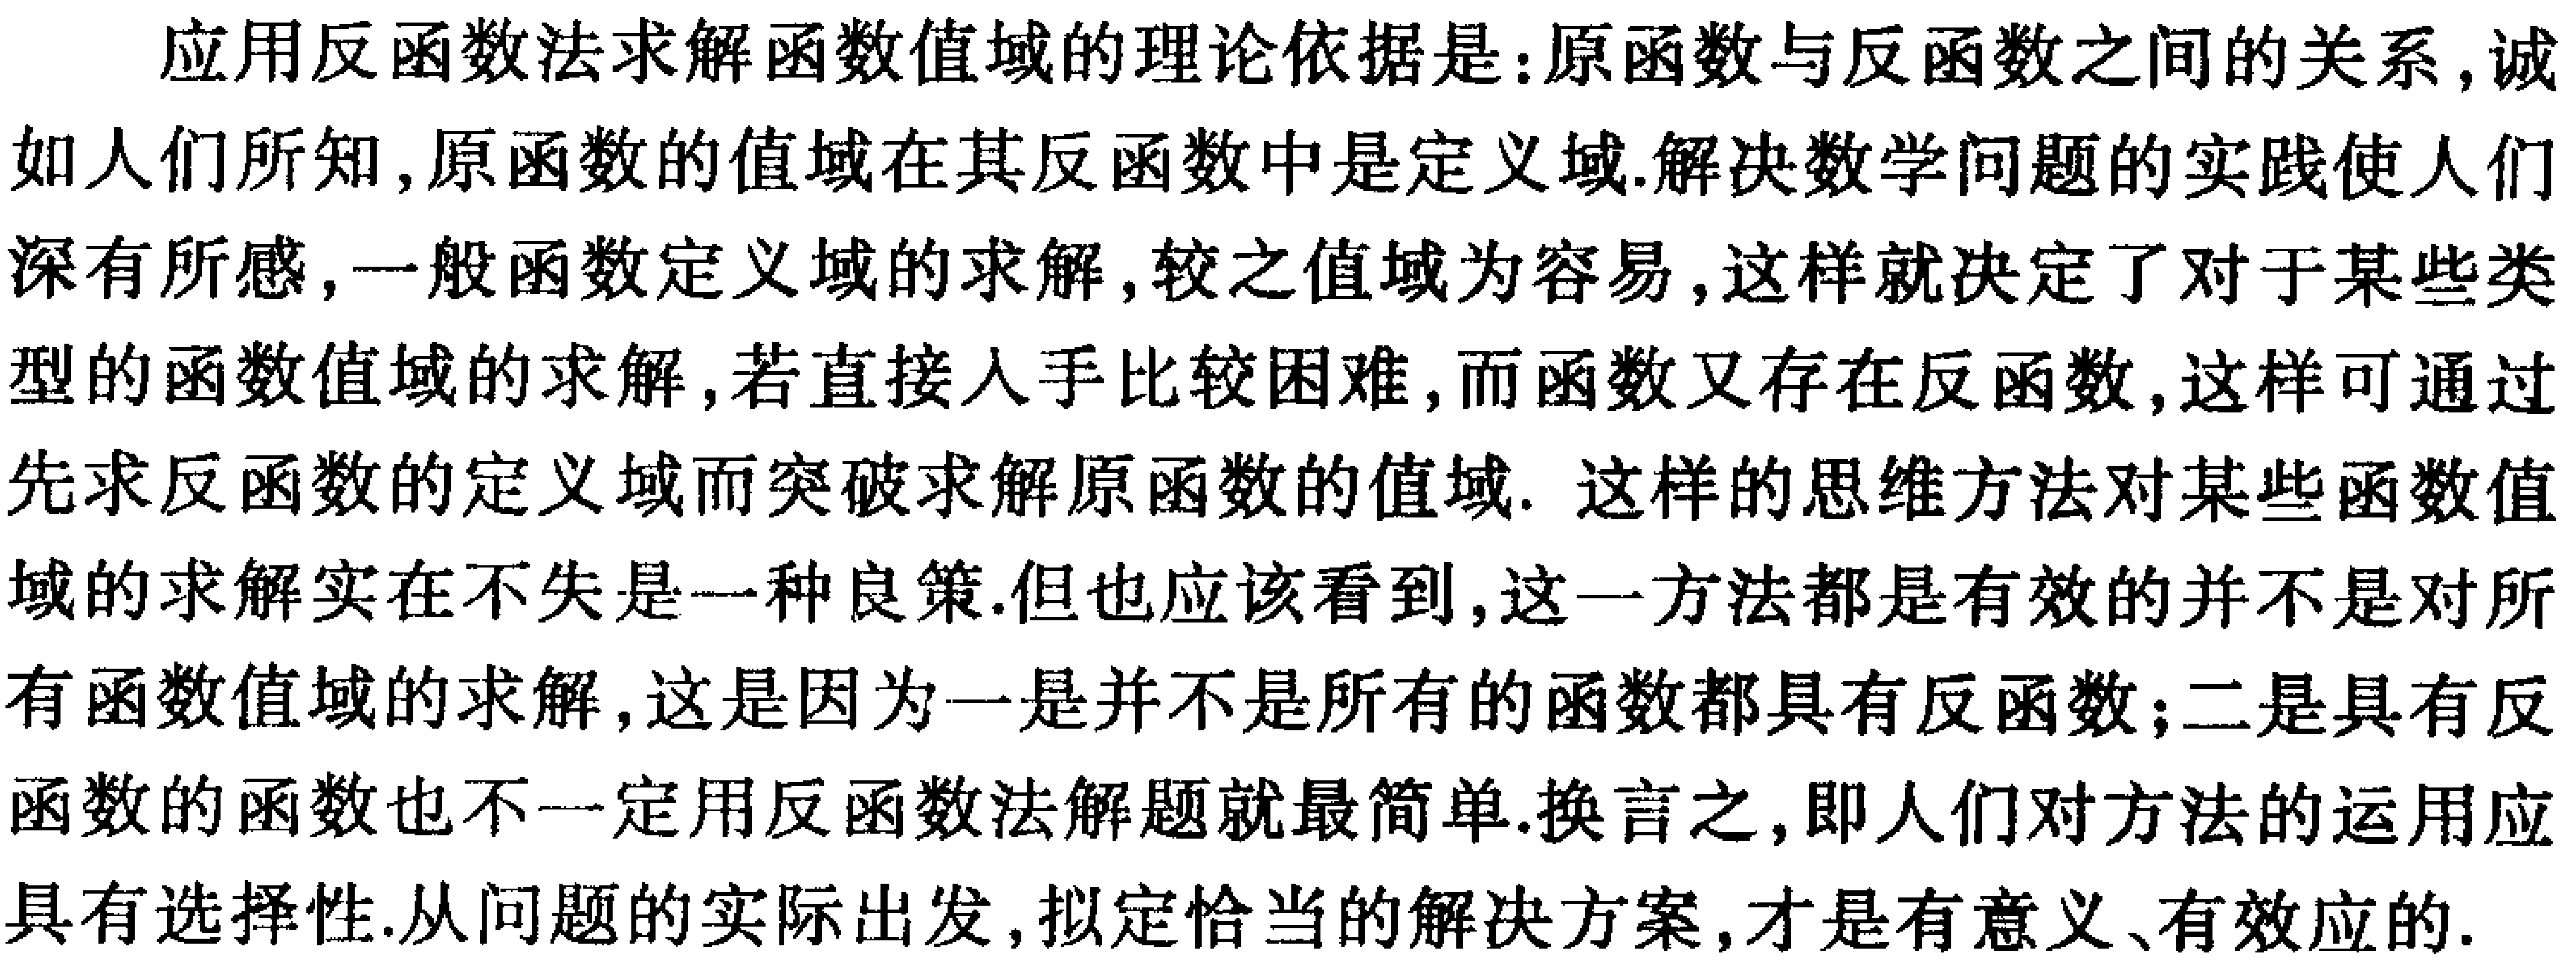
应用反函数法求解函数值域的理论依据是：原函数与反函数之间的关系，诚如人们所知，原函数的值域在其反函数中是定义域.解决数学问题的实践使人们深有所感，一般函数定义域的求解，较之值域为容易，这样就决定了对于某些类型的函数值域的求解，若直接入手比较困难，而函数又存在反函数，这样可通过先求反函数的定义域而突破求解原函数的值域. 这样的思维方法对某些函数值域的求解实在不失是一种良策.但也应该看到，这一方法都是有效的并不是对所有函数值域的求解，这是因为一是并不是所有的函数都具有反函数；二是具有反函数的函数也不一定用反函数法解题就最简单.换言之，即人们对方法的运用应具有选择性.从问题的实际出发，拟定恰当的解决方案，才是有意义、有效应的.